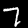
Label: 7